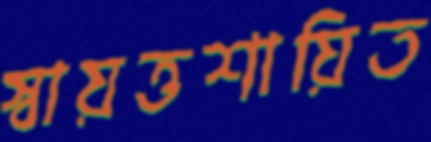
স্বায়ত্তশায়িত